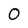
Character: 0